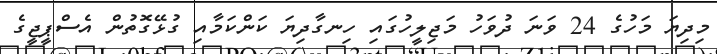
މިދިޔަ މަހުގެ 24 ވަނަ ދުވަހު މަޖިލީހުގައި ހިނގާދިޔަ ކަންކަމާއި ގުޅޭގޮތުން އެސްޕީޖީގެ